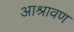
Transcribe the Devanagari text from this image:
आश्रावण